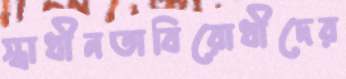
স্বাধীনতাবিরোধীদের